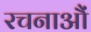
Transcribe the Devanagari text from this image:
रचनाऔं